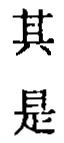
其
是